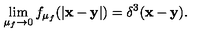
\lim _ { \mu _ { f } \to 0 } f _ { \mu _ { f } } ( | { \bf x - y } | ) = \delta ^ { 3 } ( { \bf x - y } ) .